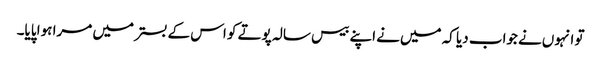
تو انہوں‌نے جواب دیا کہ میں‌نے اپنے بیس سالہ پوتے کو اس کے بستر میں‌ مرا ہوا پایا۔